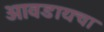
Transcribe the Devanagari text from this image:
आवडायचा